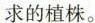
求的植株。